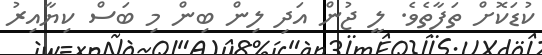
ކުޑަކޮށް ތަފާތެވެ. ލީ ޖުން އަދި ލިން ބިން މި ބަސް ކިޔާއިރު